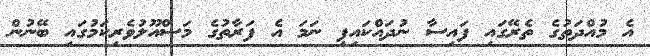
އެ މުއްދަތުގެ ތެރޭގައި ފައިސާ ނުދައްކައިފި ނަމަ އެ ފަރާތުގެ މަސްއޫލުވެރިކަމުގައި ބޭނުން